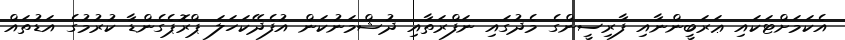
އެކަމަށްޓަކައި ޢަރަބީންނާއި ފާރިސީންގެ މެދުގައި ނަފްރަތާއި ދުޝްމަނުކަން އުފެދޭކަހަލަ ޕްރޮޕެގެންޑާ ކުރުމުގެ އަޑުތައް